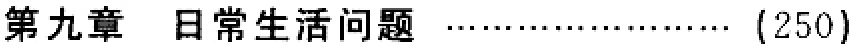
第九章 日常生活问题 \dots\dots\dots\dots\dots\dots\dots\dots (250)